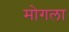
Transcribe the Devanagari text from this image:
मोगला